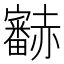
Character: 𧺁